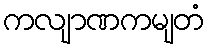
ကလျာဏကမျတံ